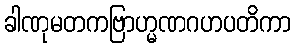
ခါဏုမတကဗြာဟ္မဏဂဟပတိကာ